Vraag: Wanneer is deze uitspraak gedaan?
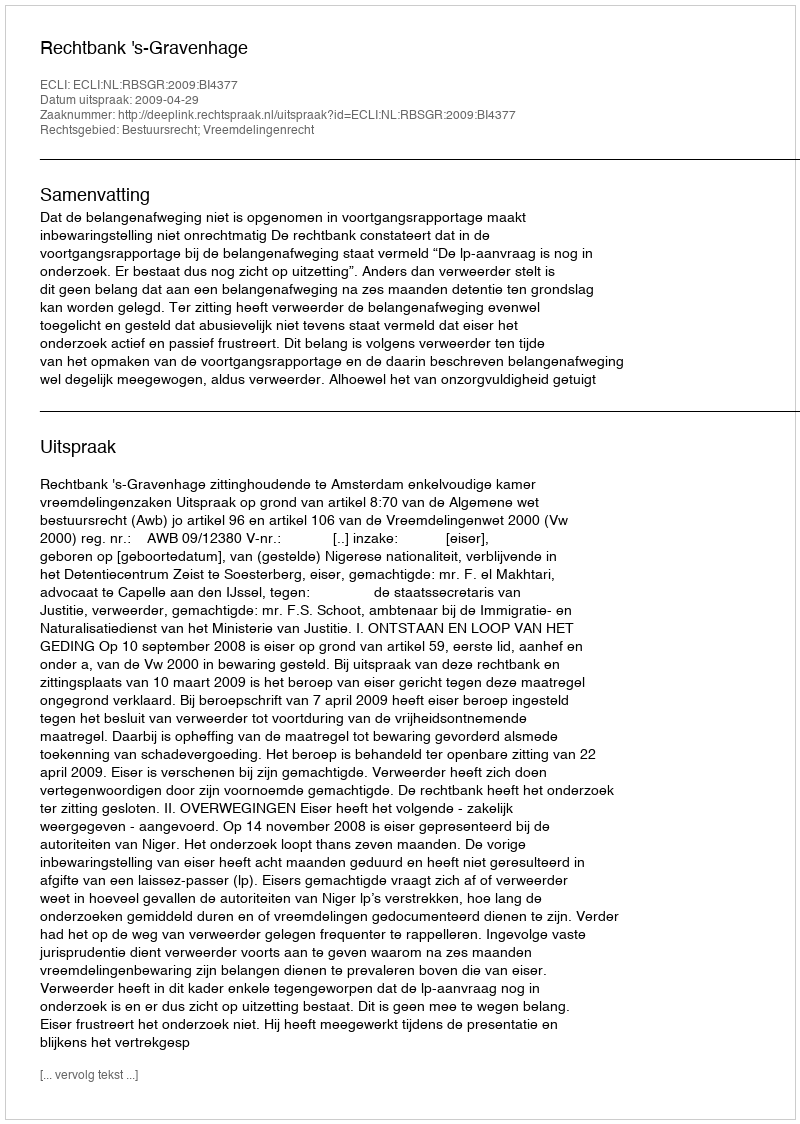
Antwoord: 2009-04-29